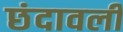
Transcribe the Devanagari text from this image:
छंदावली